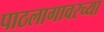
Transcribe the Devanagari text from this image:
पाठलागावरच्या